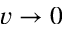
v \rightarrow 0